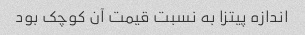
اندازه پیتزا به نسبت قیمت آن کوچک بود